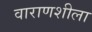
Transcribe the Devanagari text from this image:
वाराणशीला